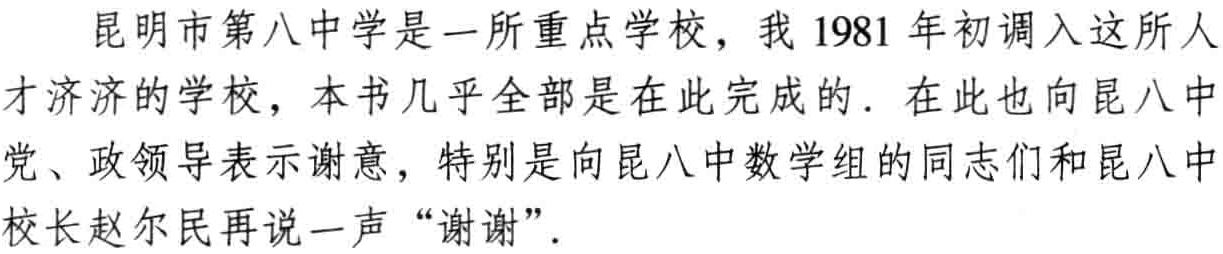
昆明市第八中学是一所重点学校，我 1981 年初调入这所人才济济的学校，本书几乎全部是在此完成的. 在此也向昆八中党、政领导表示谢意，特别是向昆八中数学组的同志们和昆八中校长赵尔民再说一声“谢谢”.